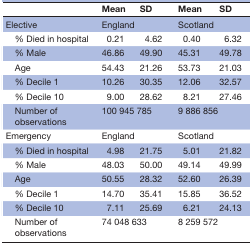
<table><thead><tr><td></td><td><b>Mean</b></td><td><b>SD</b></td><td><b>Mean</b></td><td><b>SD</b></td></tr></thead><tbody><tr><td>Elective</td><td colspan="2">England</td><td colspan="2">Scotland</td></tr><tr><td> % Died in hospital</td><td>0.21</td><td>4.62</td><td>0.40</td><td>6.32</td></tr><tr><td> % Male</td><td>46.86</td><td>49.90</td><td>45.31</td><td>49.78</td></tr><tr><td> Age</td><td>54.43</td><td>21.26</td><td>53.73</td><td>21.03</td></tr><tr><td> % Decile 1</td><td>10.26</td><td>30.35</td><td>12.06</td><td>32.57</td></tr><tr><td> % Decile 10</td><td>9.00</td><td>28.62</td><td>8.21</td><td>27.46</td></tr><tr><td> Number of observations</td><td colspan="2">100 945 785</td><td colspan="2">9 886 856</td></tr><tr><td>Emergency</td><td colspan="2">England</td><td colspan="2">Scotland</td></tr><tr><td> % Died in hospital</td><td>4.98</td><td>21.75</td><td>5.01</td><td>21.82</td></tr><tr><td> % Male</td><td>48.03</td><td>50.00</td><td>49.14</td><td>49.99</td></tr><tr><td> Age</td><td>50.55</td><td>28.32</td><td>52.60</td><td>26.39</td></tr><tr><td> % Decile 1</td><td>14.70</td><td>35.41</td><td>15.85</td><td>36.52</td></tr><tr><td> % Decile 10</td><td>7.11</td><td>25.69</td><td>6.21</td><td>24.13</td></tr><tr><td> Number of observations</td><td colspan="2">74 048 633</td><td colspan="2">8 259 572</td></tr></tbody></table>